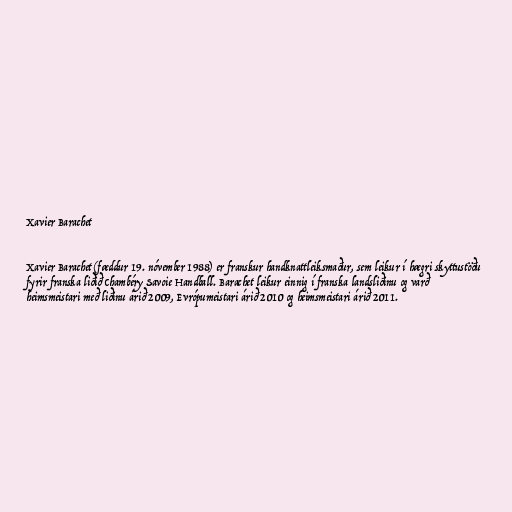
Xavier Barachet

Xavier Barachet (fæddur 19. nóvember 1988) er franskur handknattleiksmaður, sem leikur í hægri skyttustöðu
fyrir franska liðið Chambéry Savoie Handball. Barachet leikur einnig í franska landsliðinu og varð
heimsmeistari með liðinu árið 2009, Evrópumeistari árið 2010 og heimsmeistari árið 2011.